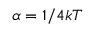
\alpha = 1 / 4 k T